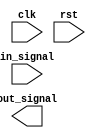
module IO_Block (
    input wire clk,
    input wire rst,
    input wire in_signal,
    output reg out_signal
);

// Input buffer
always @(posedge clk) begin
    if (rst) begin
        // Buffering incoming input signals from external devices
        // Ensuring proper signal integrity
        // Implement features such as impedance matching, noise filtering, and signal conditioning
    end
end

// Output buffer
always @(posedge clk) begin
    if (rst) begin
        // Buffering outgoing signals to external devices
        // Operating at TTL logic levels
        // Adhering to desired output/input voltage levels and timing requirements
        // Implement features such as impedance matching, noise filtering, and signal conditioning
    end
end

endmodule